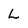
Character: L